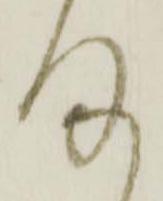
ま